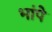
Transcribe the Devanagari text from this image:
भांपे